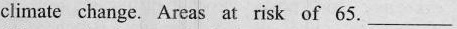
climate change. Areas at risk of 65. ___